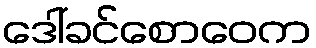
ဒေါ်ခင်စောဝေက